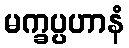
မက္ခပ္ပဟာနံ